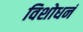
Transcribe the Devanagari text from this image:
विशोधनं